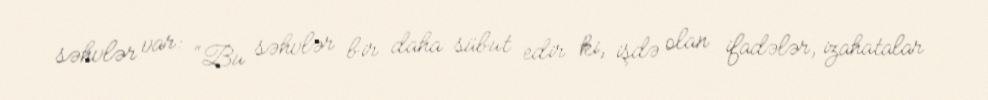
səhvlər var: “Bu səhvlər bir daha sübut edir ki, işdə olan ifadələr, izahatalar